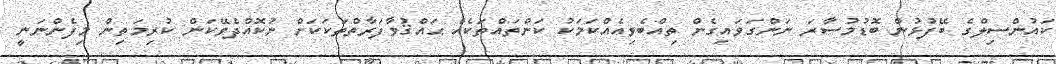
ކައުންސިލްގެ ބޭފުޅުން ބޮޑުމުސާރަ ނަންގަވައިގެން ތިއްބެވިއެއްކަމަކު ކަންތައްތަކެއް ޙައްޤުވާފަރާތްތަކަކަށް ނުކޮއްދެވޭކަން ކުރިމަތިން މިފެންނަނީ